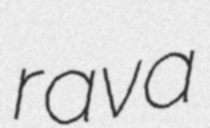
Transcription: rava